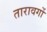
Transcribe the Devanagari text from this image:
तारावर्गो